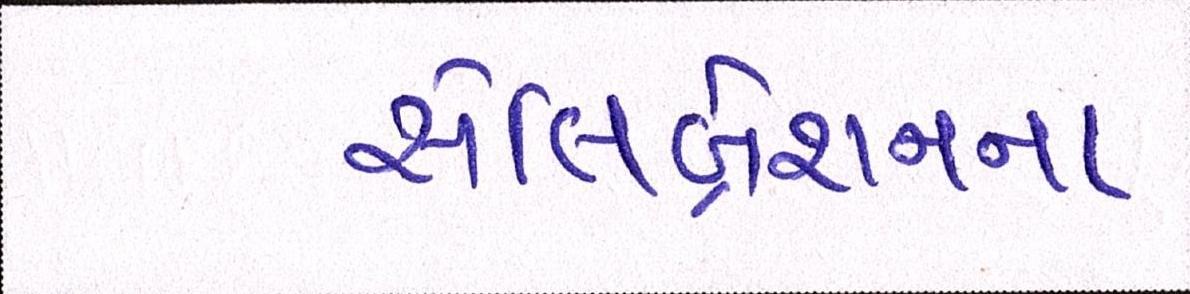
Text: સેલિબ્રેશનના